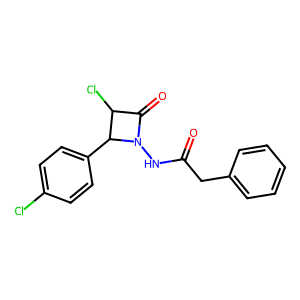
SMILES: O=C(Cc1ccccc1)NN1C(=O)C(Cl)C1c1ccc(Cl)cc1
Inhibits HIV replication: No